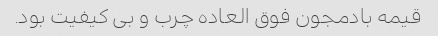
قیمه بادمجون فوق العاده چرب و بی کیفیت بود.